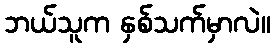
ဘယ်သူက နှစ်သက်မှာလဲ။